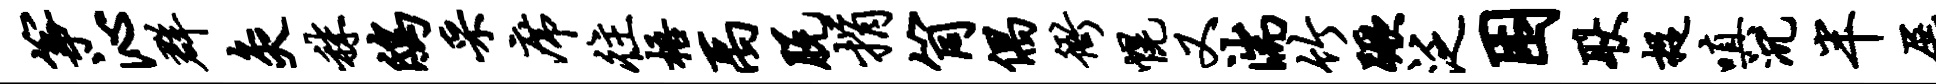
筝沁群灸秣鸱采席往梧禹脱捐筒偶衙幌又湍竹蹶泛困耿捉嗔沉半展